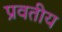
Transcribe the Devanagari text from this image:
प्रवतीय